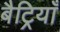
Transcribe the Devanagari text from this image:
बैट्रियाँ